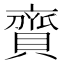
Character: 𧷔